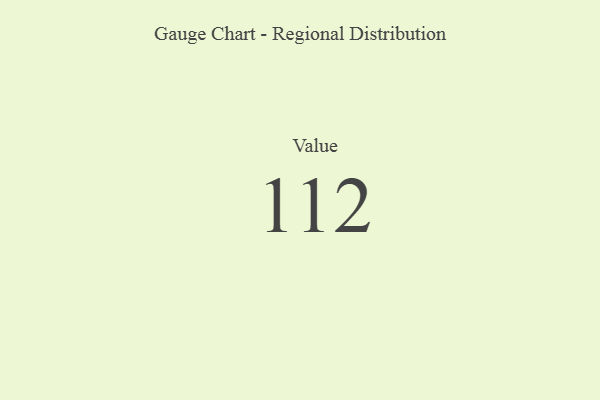
{"axis": {"x": "Metric", "y": "Value"}, "legend": [""], "data": [{"x": "Value", "y": 112, "type": ""}]}